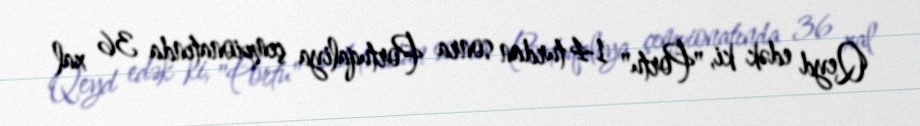
Qeyd edək ki, "Portu" 14 turdan sonra Portuqaliya çempionatında 36 xal